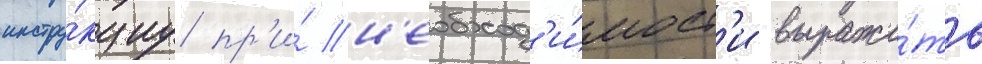
инстру́кциу пр'и́ н'еобход'и́мост'и выража́ть